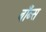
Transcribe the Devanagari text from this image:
बाँब्स